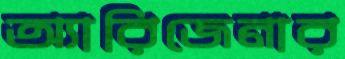
অ্যারিজেনার